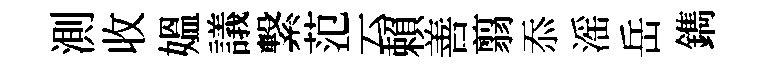
測收媪議繋范云賴善翦忝滛岳鐫